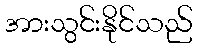
အားသွင်းနိုင်သည်